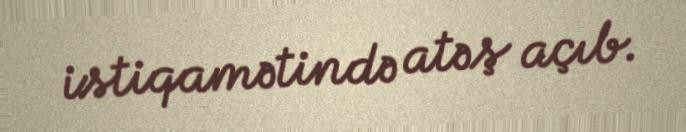
istiqamətində atəş açıb.